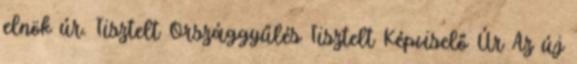
elnök úr. Tisztelt Országgyűlés Tisztelt Képviselő Úr Az új